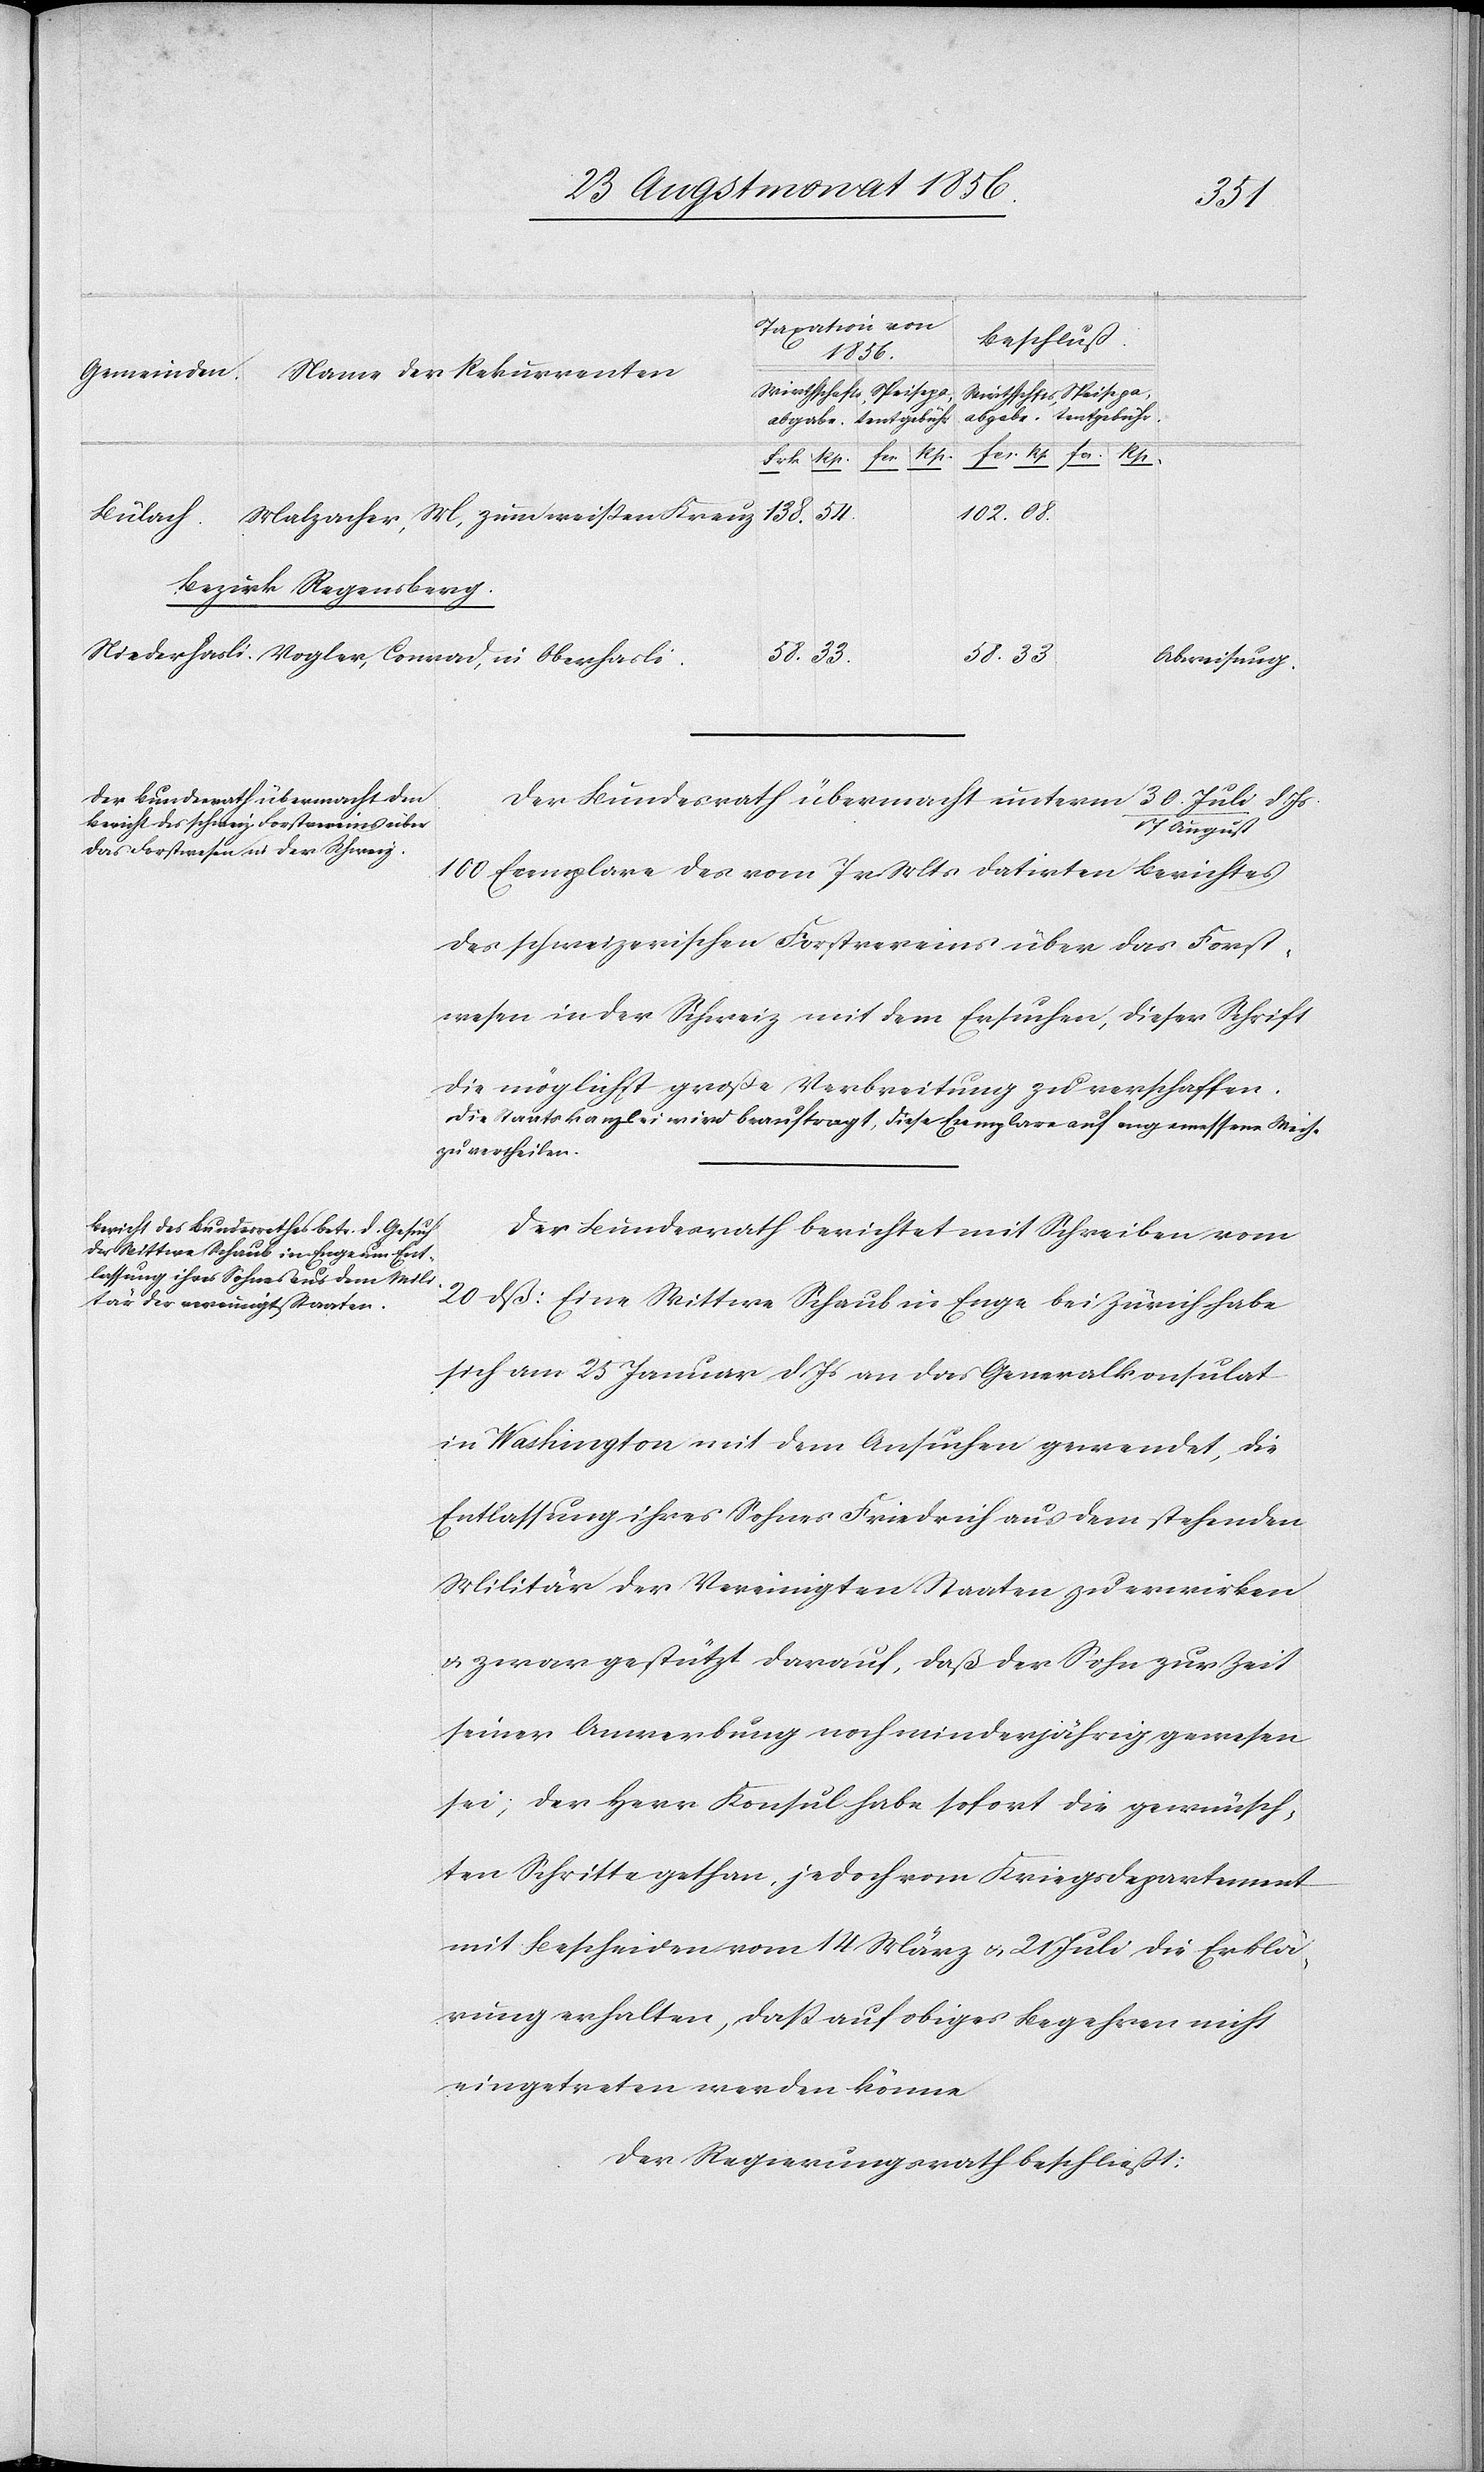
58.
33
Malzacher, M, zum weissen Kreuz.
Bülach.
Bezirk Regensberg.
d. Js.
Abweisung.
Der Bundesrath übermacht unter 30. Juli/17
August
100 Exemplare des vom 7 v Mts datirten Berichtes
des schweizerischen Forstvereins über das Forst¬
wesen in der Schweiz mit dem Ersuchen, dieser Schrift
die möglichst große Verbreitung zu verschaffen.
Die Staatskanzlei wird beauftragt, diese Exemplare auf angemessene Weise
zu vertheilen.
Der Bundesrath berichtet mit Schreiben vom
20 dß: Eine Wittwe Schaub in Enge bei Zürich habe
sich am 25 Januar d Js an das Generalkonsulat
in Washington mit dem Ansuchen gewendet, die
Entlassung ihres Sohnes Friedrich aus dem stehenden
Militär der Vereinigten Staaten zu erwirken
u. zwar gestützt darauf, daß der Sohn zur Zeit
seiner Anwerbung noch minderjährig gewesen
sei; der Herr Konsul habe sofort die gewünsch¬
ten Schritte gethan, jedoch vom Kriegsdepartement
mit Bescheiden vom 14 März u. 21 Juli die Erklä¬
rung erhalten, dass auf obiges Begehren nicht
eingetreten werden könne
Der Regierungsrath beschließt: